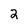
Character: 2